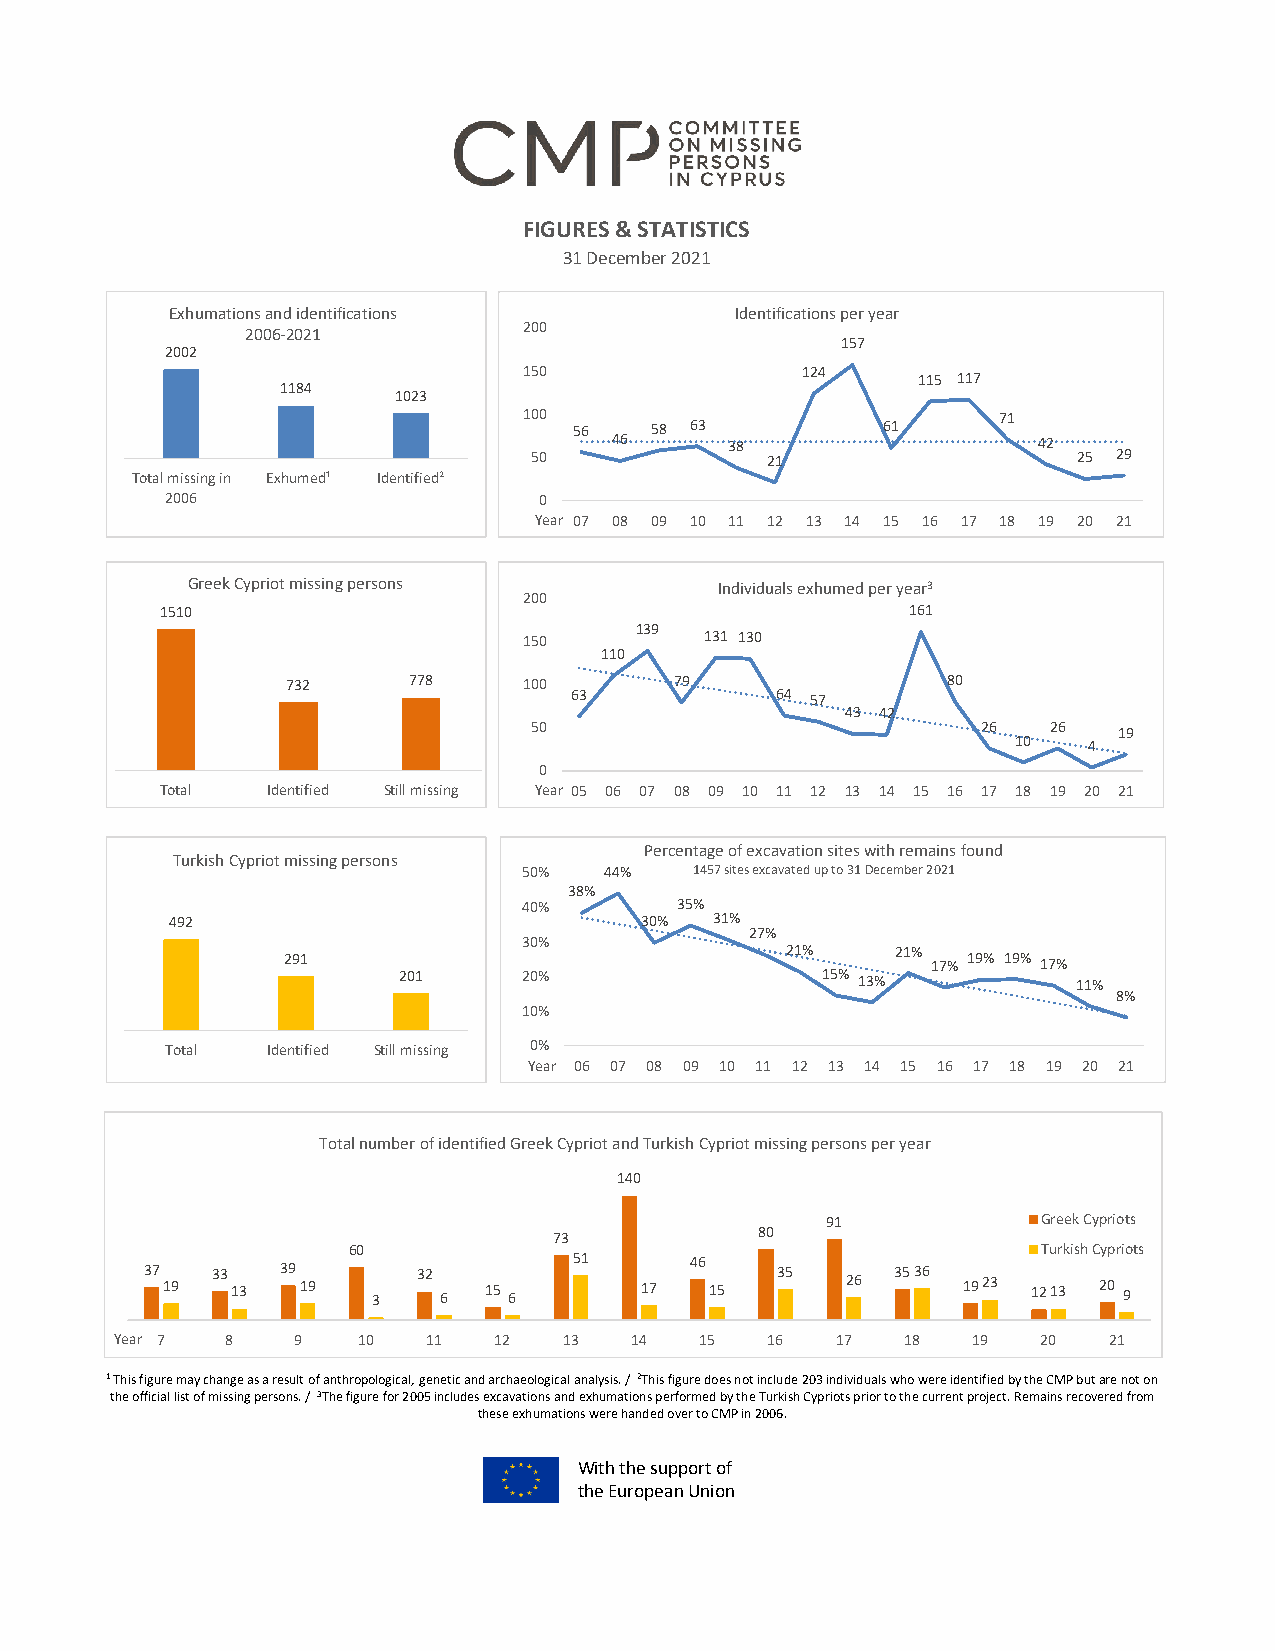
FIGURES & STATISTICS
 31 December 2021
 Exhumations and identifications       Identifications per year
 200
 2006-2021
 157
 2002
 150               124     115 117
 1184
 1023
 100                            71
 56   58 63          61
 46     38                   42
 50              21                  25 29
 Total missing in Exhumed¹ Identified²
 2006                     0
 Year 07 08 09 10 11 12 13 14 15 16 17 18 19 20 21
 GreekCypriot missing persons        Individuals exhumed per year3
 200
 1510                                             161
 139
 150         131 130
 110
 732     778     100       79                80
 63           64 57
 43 42
 50                            26  26   19
 10   4
 0
 Total  Identified Still missing Year 05 06 07 08 09 10 11 12 13 14 15 16 17 18 19 20 21
 Percentage of excavation sites with remains found
 TurkishCypriot missing persons
 50%  44%   1457 sites excavated up to 31 December2021
 38%
 40%       35%
 492                            30%  31%
 27%
 30%
 21%    21%
 291                                        17% 19% 19% 17%
 201      20%                15% 13%          11%
 8%
 10%
 Total  Identified Still missing 0%
 Year 06 07 08 09 10 11 12 13 14 15 16 17 18 19 20 21
 Total number of identified Greek Cypriot and Turkish Cypriot missing persons per year
 140
 91            Greek Cypriots
 73           80
 60                                            Turkish Cypriots
 37 19 33 13 39 19 3 32 6 15 6 51 17 46 15 35  26 3536 1923 1213 20 9
 Year 7 8   9    10  11   12  13   14  15   16  17   18  19   20  21
 1 This figure may change as a result of anthropological, genetic and archaeological analysis. / 2This figure does not include 203individuals who were identified by the CMP butare not on
 the official list of missing persons. / 3The figure for 2005 includes excavations and exhumations performed by the Turkish Cypriots prior to the current project. Remainsrecovered from
 these exhumations were handed over to CMP in 2006.
 With the supportof
 the European Union